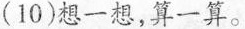
(10)想一想，算一算。